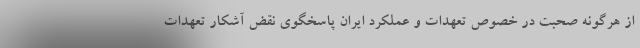
از هرگونه صحبت در خصوص تعهدات و عملکرد ایران پاسخگوی نقض آشکار تعهدات